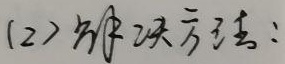
(2)解决方法：